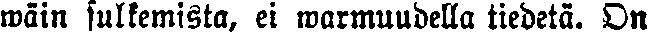
wäin sulkemista, ei warmuudella tiedetä. On